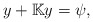
\begin{align*}y+\mathbb{K}y=\psi, \end{align*}